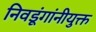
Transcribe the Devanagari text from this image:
निवडूंगांनीयुक्त